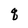
Character: q